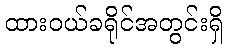
ထားဝယ်ခရိုင်အတွင်းရှိ